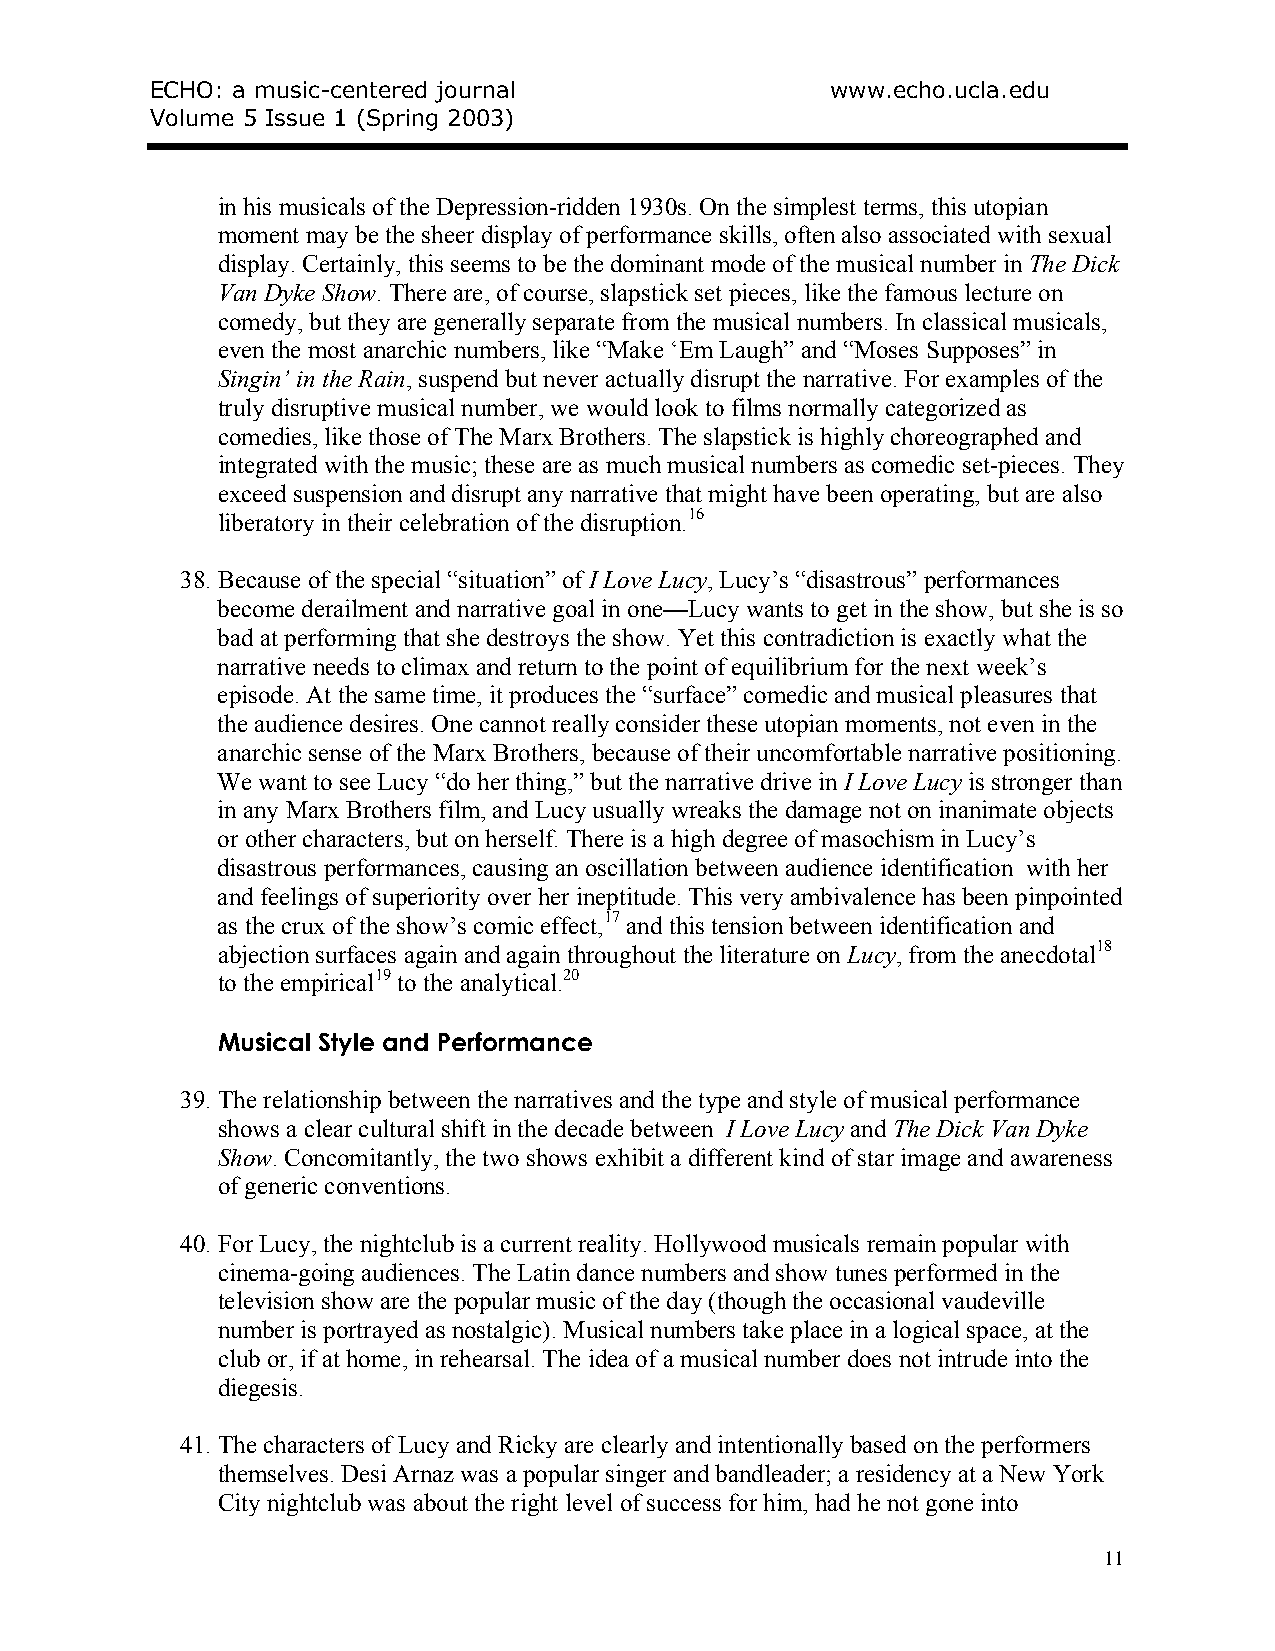
ECHO: a music-centered journal               www.echo.ucla.edu
 Volume 5 Issue 1 (Spring 2003)
 in his musicals of the Depression-ridden 1930s. On the simplest terms, this utopian
 moment may be the sheer display of performance skills, often also associated with sexual
 display. Certainly, this seems to be the dominant mode of the musical number in The Dick
 Van Dyke Show. There are, of course, slapstick set pieces, like the famous lecture on
 comedy, but they are generally separate from the musical numbers. In classical musicals,
 even the most anarchic numbers, like “Make ‘Em Laugh” and “Moses Supposes” in
 Singin’ in the Rain, suspend but never actually disrupt the narrative. For examples of the
 truly disruptive musical number, we would look to films normally categorized as
 comedies, like those of The Marx Brothers. The slapstick is highly choreographed and
 integrated with the music; these are as much musical numbers as comedic set-pieces. They
 exceed suspension and disrupt any narrative that might have been operating, but are also
 liberatory in their celebration of the disruption.16
 38. Because of the special “situation” of I Love Lucy, Lucy’s “disastrous” performances
 become derailment and narrative goal in one—Lucy wants to get in the show, but she is so
 bad at performing that she destroys the show. Yet this contradiction is exactly what the
 narrative needs to climax and return to the point of equilibrium for the next week’s
 episode. At the same time, it produces the “surface” comedic and musical pleasures that
 the audience desires. One cannot really consider these utopian moments, not even in the
 anarchic sense of the Marx Brothers, because of their uncomfortable narrative positioning.
 We want to see Lucy “do her thing,” but the narrative drive in I Love Lucy is stronger than
 in any Marx Brothers film, and Lucy usually wreaks the damage not on inanimate objects
 or other characters, but on herself. There is a high degree of masochism in Lucy’s
 disastrous performances, causing an oscillation between audience identification with her
 and feelings of superiority over her ineptitude. This very ambivalence has been pinpointed
 as the crux of the show’s comic effect,17 and this tension between identification and
 abjection surfaces again and again throughout the literature on Lucy, from the anecdotal18
 to the empirical19 to the analytical.20
 Musical Style and Performance
 39. The relationship between the narratives and the type and style of musical performance
 shows a clear cultural shift in the decade between I Love Lucy and The Dick Van Dyke
 Show. Concomitantly, the two shows exhibit a different kind of star image and awareness
 of generic conventions.
 40. For Lucy, the nightclub is a current reality. Hollywood musicals remain popular with
 cinema-going audiences. The Latin dance numbers and show tunes performed in the
 television show are the popular music of the day (though the occasional vaudeville
 number is portrayed as nostalgic). Musical numbers take place in a logical space, at the
 club or, if at home, in rehearsal. The idea of a musical number does not intrude into the
 diegesis.
 41. The characters of Lucy and Ricky are clearly and intentionally based on the performers
 themselves. Desi Arnaz was a popular singer and bandleader; a residency at a New York
 City nightclub was about the right level of success for him, had he not gone into
 11